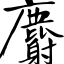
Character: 麝